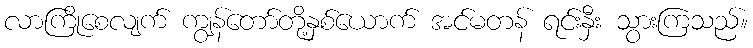
လာကြိုစေလျက် ကျွန်တော်တို့နှစ်ယောက် အင်မတန် ရင်းနှီး သွားကြသည်။